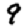
Digit: 9